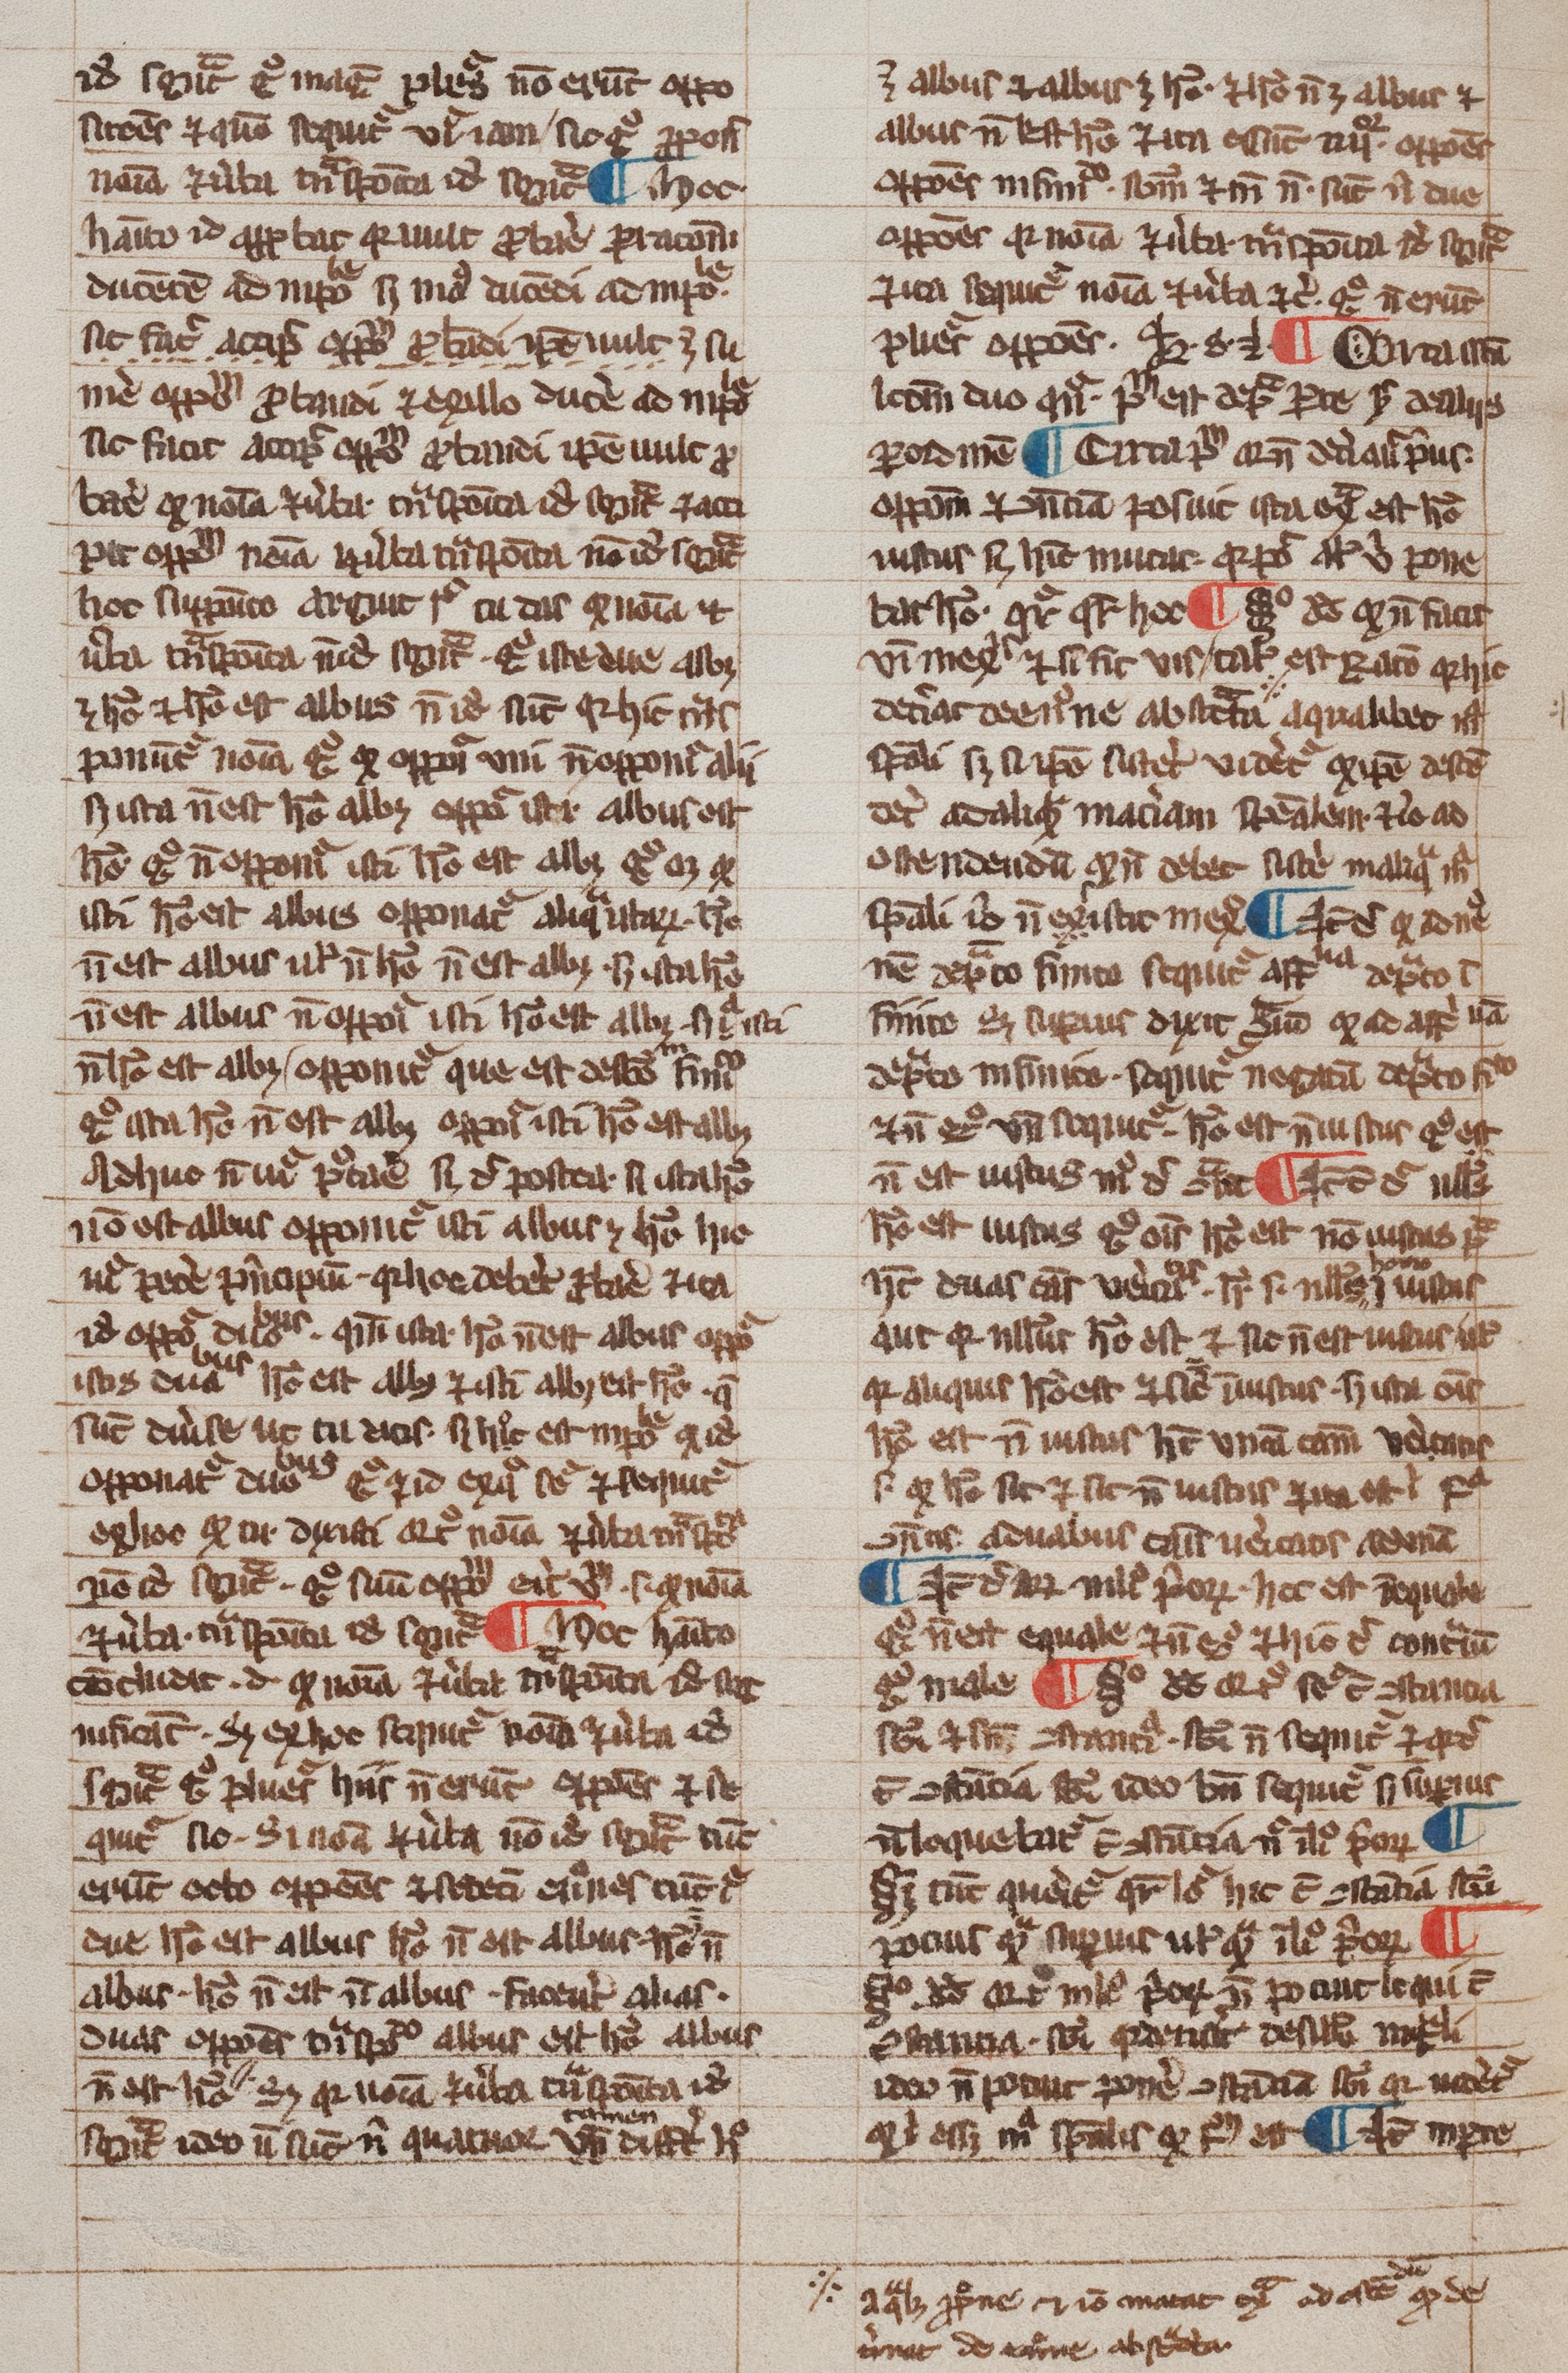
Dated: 1200–1399